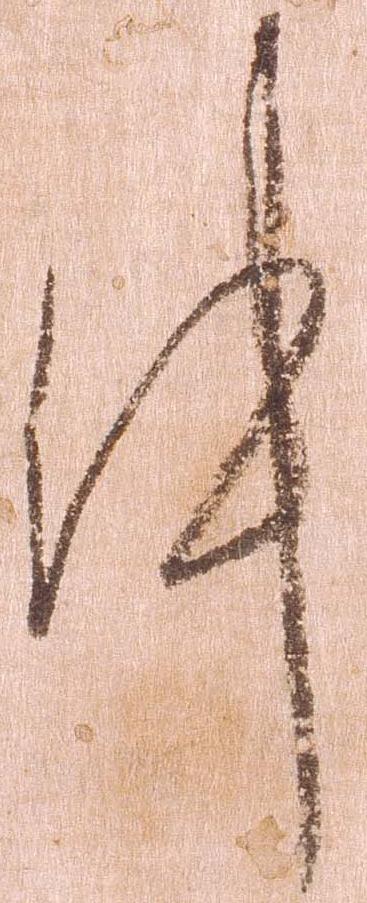
件